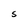
Character: S